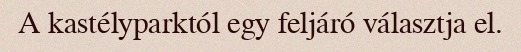
A kastélyparktól egy feljáró választja el.